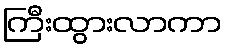
ကြီးထွားလာကာ